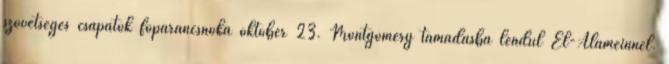
szövetséges csapatok fõparancsnoka október 23. Montgomery támadásba lendül El-Alameinnél.